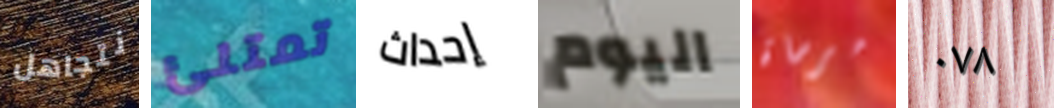
نتجاهل تمتلئ إحداث اليوم مرساة ٠٧٨